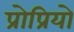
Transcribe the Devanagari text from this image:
प्रोप्रियो